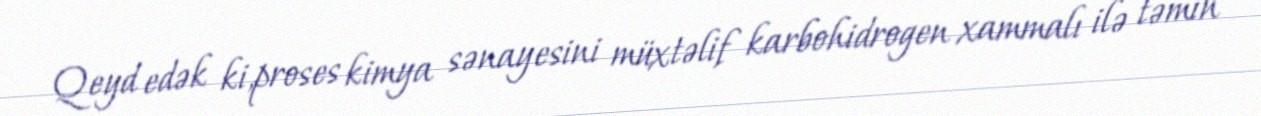
Qeyd edək ki,proses kimya sənayesini müxtəlif karbohidrogen xammalı ilə təmin